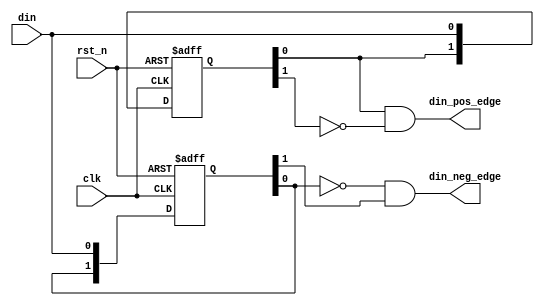
`timescale 1ns/1ps
module edge_det #( 
    parameter   FF_NUM = 2 
) ( 
    input clk,
    input rst_n,
    input din,
    output din_pos_edge,
    output din_neg_edge
    ); 
generate
//gen_edge_det
if (FF_NUM == 1) begin
    reg               din_ff;
    always@(posedge clk or negedge rst_n) begin
        if(~rst_n) 
            din_ff <= 1'b1;
        else 
            din_ff <= din  ;
    end
    assign  din_pos_edge = din & ~din_ff; 
    
    reg  [FF_NUM-1:0] din_fall_ff;
    always@(posedge clk or negedge rst_n) begin
        if(~rst_n) 
            din_fall_ff <= 1'b0;
        else 
            din_fall_ff <= din  ;
    end
    assign  din_neg_edge = ~din & din_fall_ff; 
end
else begin
    reg  [FF_NUM-1:0] din_ff;
    always@(posedge clk or negedge rst_n) begin
        if(~rst_n) 
            din_ff <= {FF_NUM{1'b1}};
        else 
            din_ff <= { din_ff[FF_NUM-2:0],din } ;
    end
    assign  din_pos_edge = din_ff[FF_NUM-2] & ~din_ff[FF_NUM-1]; 
    
    reg  [FF_NUM-1:0] din_fall_ff;
    always@(posedge clk or negedge rst_n) begin
        if(~rst_n) 
            din_fall_ff <= {FF_NUM{1'b0}};
        else 
            din_fall_ff <= { din_fall_ff[FF_NUM-2:0],din } ;
    end
    assign  din_neg_edge = ~din_fall_ff[FF_NUM-2] & din_fall_ff[FF_NUM-1]; 
end
endgenerate 
endmodule